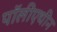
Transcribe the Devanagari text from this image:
पॉलीएथीन